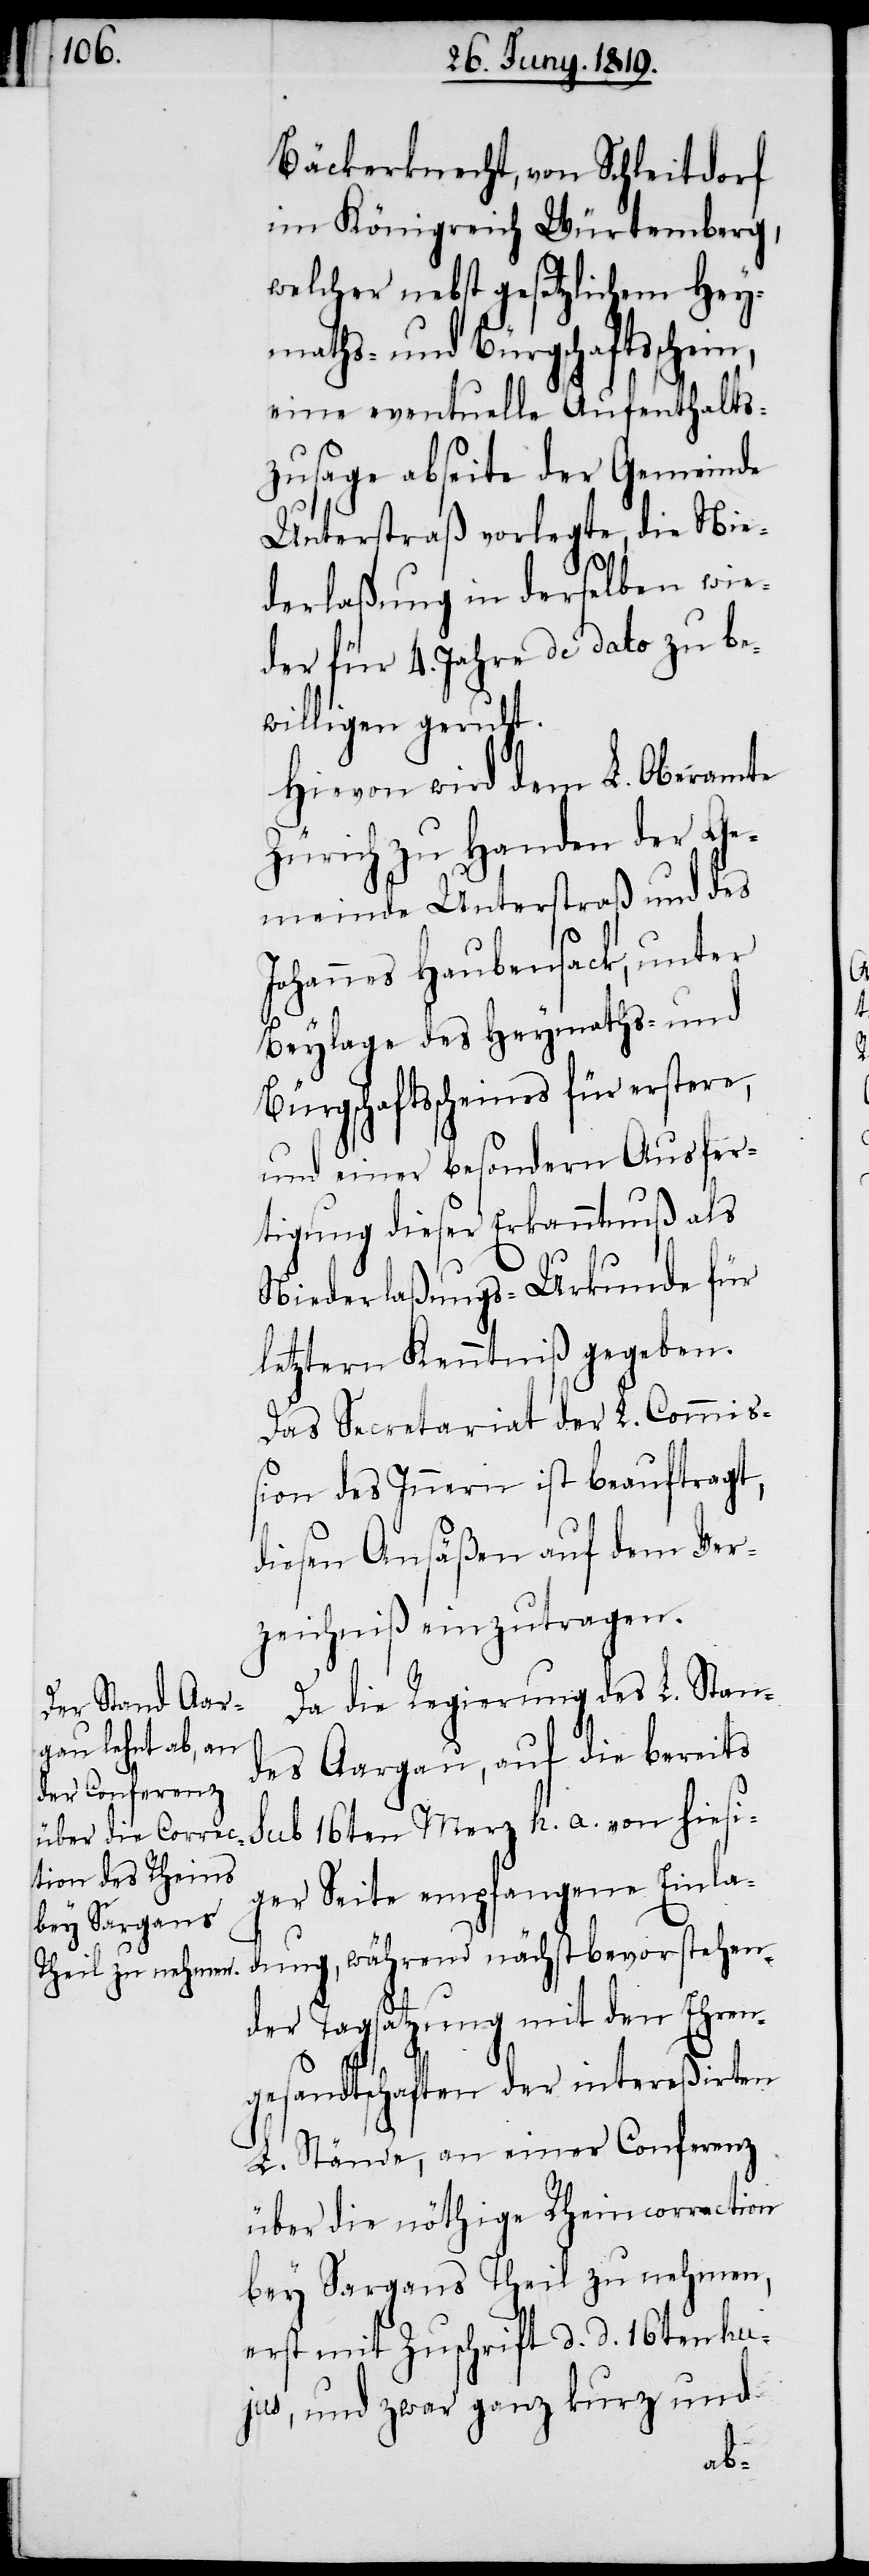
Bäckerknecht, von Schleitdorf
im Königreich Würtemberg,
welcher nebst gesetzlichem Hey¬
maths- und Bürgschaftsschei¬
eine eventuelle Aufenthalts¬
zusage abseite der Gemeinde
Unterstraß vorlegte, die Nie¬
derlaßung in derselben wie¬
der für 4. Jahre de dato zu be¬
willigen geruht.
Hievon wird dem L. Oberamte
Zürich zu Handen der Ge¬
meinde Unterstraß und des
Johannes Haubensack, unter
Beylage des Heymaths- und
Bürgschaftsscheines für erstere,
und einer besondern Ausfer¬
tigung dieser Erkanntnuß als
Niederlaßungs-Urkunde für
letztern Kenntniß gegeben.
Das Secretariat der L. Commiß¬
ion des Innern ist beauftragt,
diesen Ansäßen auf dem Ver¬
zeichniß einzutragen.
Da die Regierung des L. Stan¬
des Aargau, auf die bereits
sub 16ten Merz h. a. von hiesi¬
ger Seite empfangene Einla¬
dung, während nächstbevorstehen¬
der Tagsatzung mit den Ehren¬
gesandtschaften der intereßirten
L. Stände, an einer Conferenz
über die nöthige Rheincorrection
bey Sargans Theil zu nehmen,
erst mit Zuschrift d. d. 16ten hu¬
jus, und zwar ganz kurz und
n,